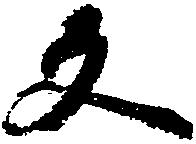
反